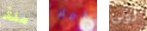
منذ قبرك تولى